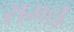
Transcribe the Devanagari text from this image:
रामल्लू